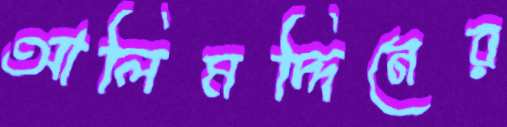
আলিমদ্দিনের